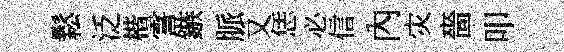
鬆泛楷霅鏃脈又恁必信內灾嗇叩